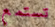
تستمع